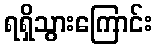
ရရှိသွားကြောင်း